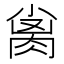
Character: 𰮨